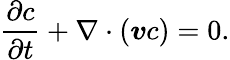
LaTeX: \frac{\partial c}{\partial t}+\nabla\cdot(\boldsymbol{v}c)=0.